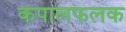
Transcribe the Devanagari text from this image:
कपालफलक